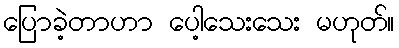
ပြောခဲ့တာဟာ ပေါ့သေးသေး မဟုတ်။